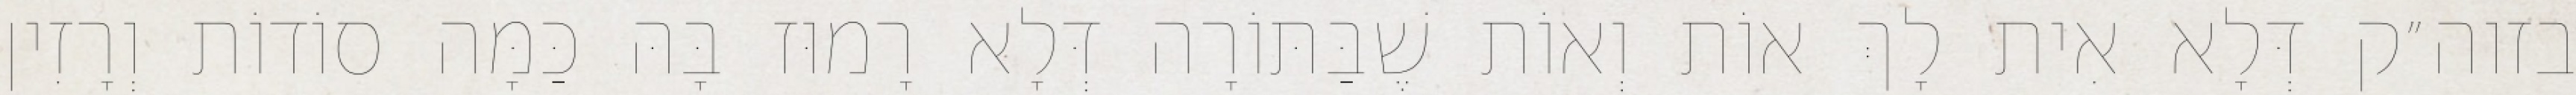
בזוה״ק דְּלָא אִית לָךְ אוֹת וְאוֹת שֶׁבַּתּוֹרָה דְּלָא רָמוּז בָּהּ כַּמָּה סוֹדוֹת וְרָזִין